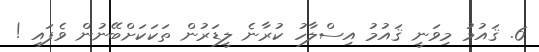
6. ޤައުމު މިވަނީ ޤައުމު އިސްލާހު ކުރާނެ ލީޑަރުން ތަކަކަށްބޭނުން ވެފައި !